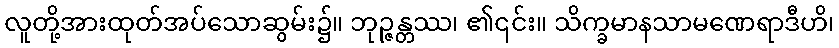
လူတို့အားထုတ်အပ်သောဆွမ်း၌။ ဘုဉ္ဇန္တဿ၊ ၏၎င်း။ သိက္ခမာနသာမဏေရာဒီဟိ၊